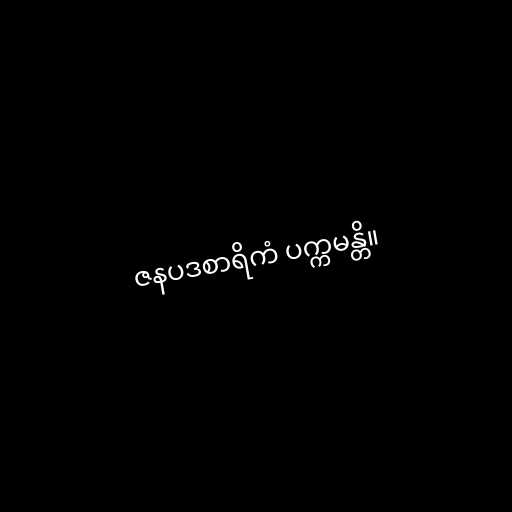
ဇနပဒစာရိကံ ပက္ကမန္တိ။